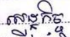
សេដ្ឋកិច្ច